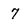
Character: 7